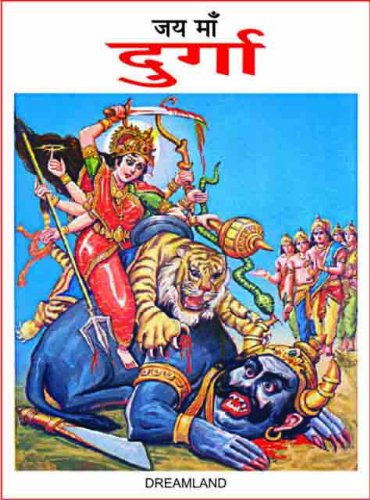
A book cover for Jai Maa Durga; S.K. Goomer; Children's Books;